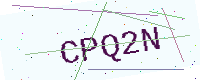
Text: CPQ2N